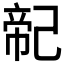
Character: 𢁆